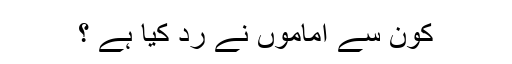
کون سے اماموں نے رد کیا ہے ؟